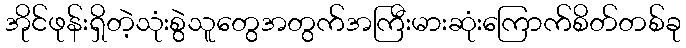
အိုင်ဖုန်းရှိတဲ့သုံးစွဲသူတွေအတွက်အကြီးမားဆုံးကြောက်စိတ်တစ်ခု